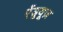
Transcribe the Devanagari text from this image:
ऐंड्र्यूज़